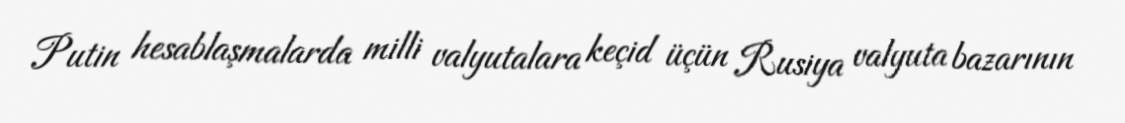
Putin hesablaşmalarda milli valyutalara keçid üçün Rusiya valyuta bazarının